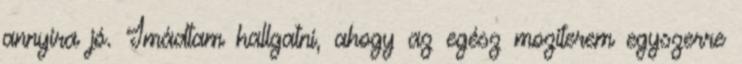
annyira jó. Imádtam hallgatni, ahogy az egész moziterem egyszerre